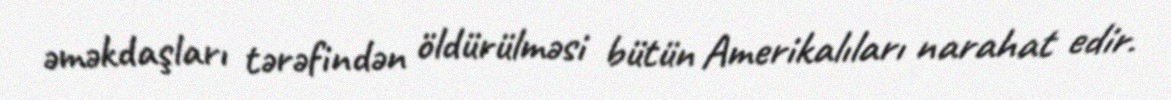
əməkdaşları tərəfindən öldürülməsi bütün Amerikalıları narahat edir.